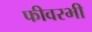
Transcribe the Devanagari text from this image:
फीवरभी